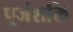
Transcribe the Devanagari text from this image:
पुजंशक्ति